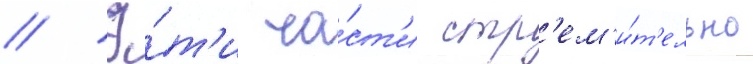
// Э́т'и ча́ст'и стр'ем'и́т'ельно